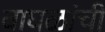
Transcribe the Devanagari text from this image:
वाघळांची